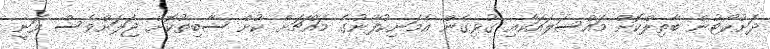
ދަށުކޯޓުން ބާތިލްކޮށް މައްސަލައަކާއި ގުޅިގެން އެމަނިކުފާނުގެ މައްޗަށް ކުށް ސާބިތުކޮށް ޖަލަށްވެސް ވަނީ